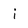
Character: i